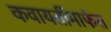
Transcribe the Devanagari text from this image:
कवायतींमार्फत